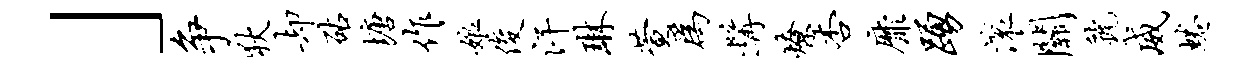
」争狄却砧塘作娘俊汗琳萱为髯燎杏靡踊滚关虢威蜷